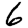
Digit: 6